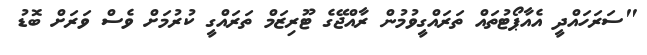
"ސަރަހައްދީ އެއާޕޯޓުތައް ތަރައްގީވުމުން ރާއްޖޭގެ ޓޫރިޒަމް ތަރައްގީ ކުރުމަށް ވެސް ވަރަށް ބޮޑު